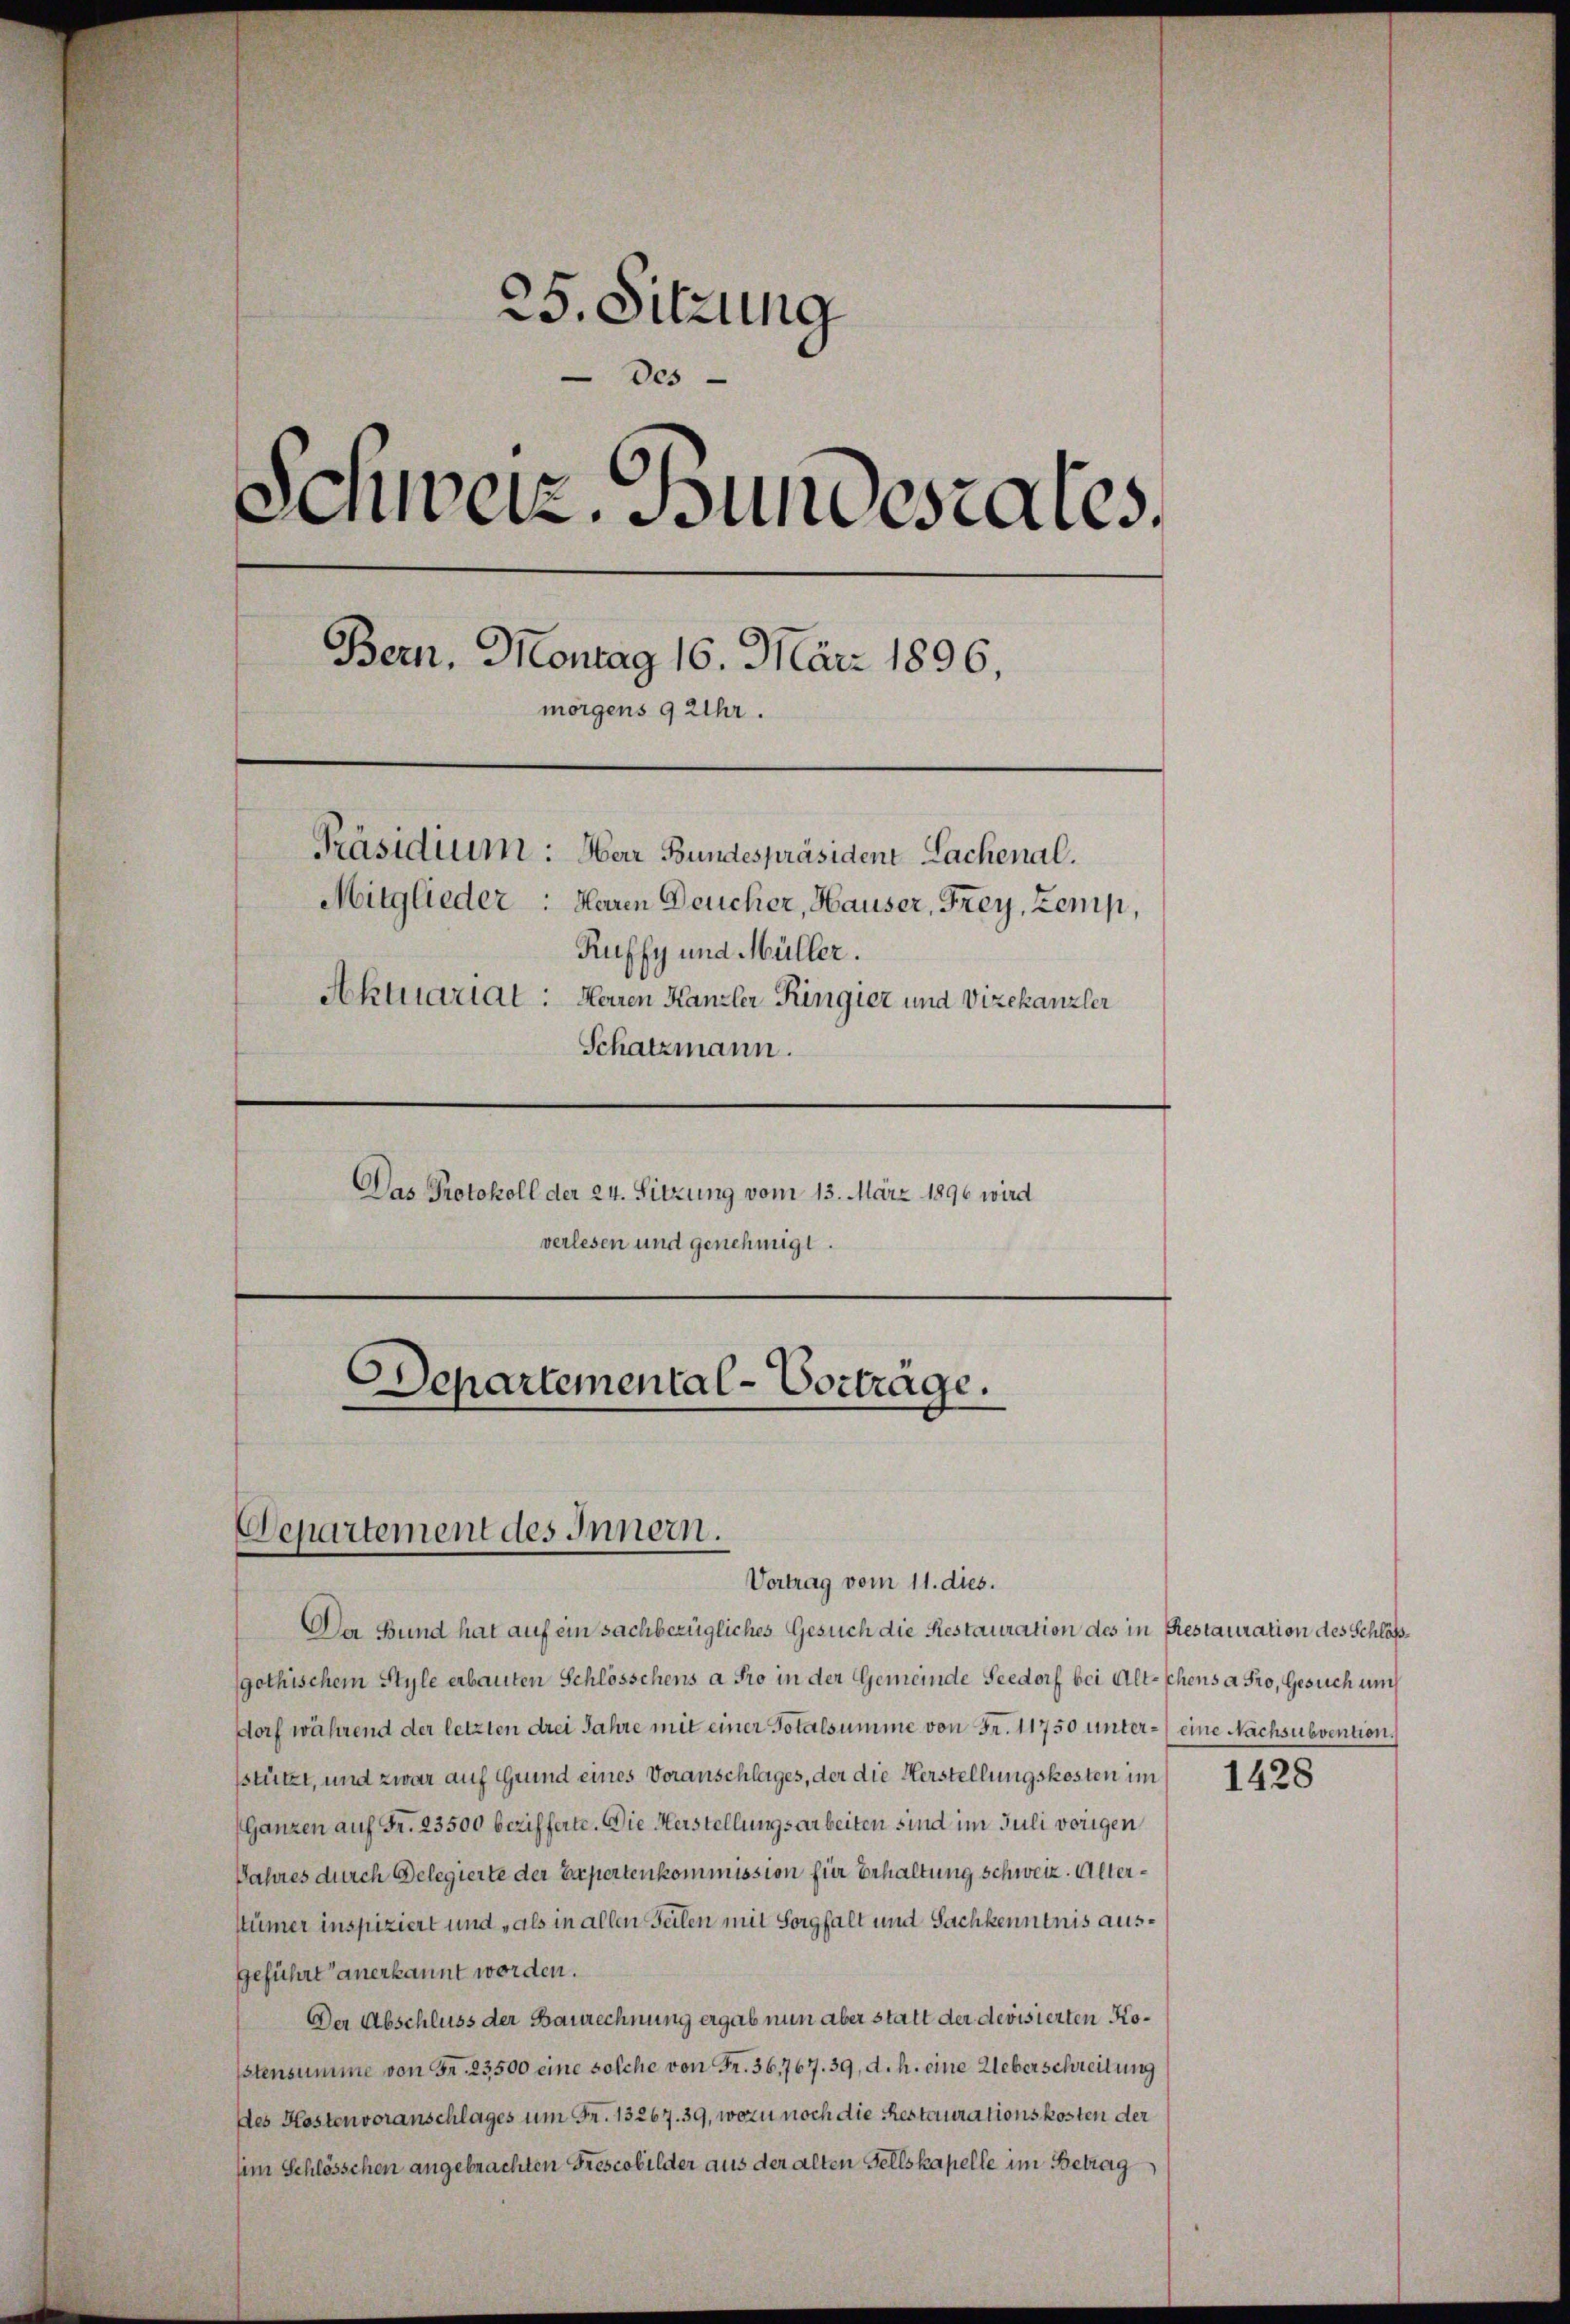
25. Sitzung
Des
Schweiz. Bundesrates.
Bern, Montag 16. März 1896,
morgens 9 Uhr.
Präsidium: Herr Bundespräsident Lachenal.
Mitglieder: Maren Deucher, Hauser, Frey, Zemp,
Ruffy und Müller.
Aktuariat: Herren Kanzler Ringier und Vizekanzler
Schatzmann.
Das Protokoll der 24. Sitzung vom 13. März 1896 wird
verlesen und genehmigt.
Departemental-Vorträge.

Departement des Innern.
Vortrag vom 11. dies.

Der Bund hat auf ein sachbezügliches Gesuch die Restauration des in Restauration des Schläßgothischem Style erbauten Schlösschens a Pro in der Gemeinde Seedorf bei Alt-Schens a Fro, Gesuch auch
dorf während der letzten drei Jahre mit einer Totalsumme von Fr. 11750 unter- eine Nachsubvention.
stützt, und zwar auf Grund eines Voranschlages, der die Herstellungskosten im
Ganzen auf Fr. 23500 bezifferte. Die Herstellungsarbeiten sind im Juli vorigen
Jahres durch Delegierte der Expertenkommission für Erhaltung schweiz. Altertümer inspiziert und „als in allen Teilen mit Sorgfalt und Sachkenntnis ausgeführt anerkannt worden.
Der Abschluss der Baurechnung ergab nun aber statt der devisierten Ko¬
1stensumme von Fr. 23500 eine solche von Fr. 36,767. 39, d. h. eine Ueberschreitung
des Kostenvoranschlages um Fr. 13267. 39, wozu noch die Restaurationskosten der
sim Schlösschen angebrachten Prescobilder aus der alten Sellskapelle im Betrag

1428